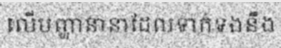
លើបញ្ហានានាដែលទាក់ទងនឹង